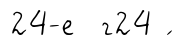
24-е г24 ́